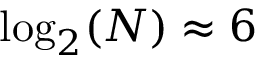
\log _ { 2 } ( N ) \approx 6